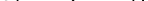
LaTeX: \smash{s_{i}=\sum_{j}K_{ij}}